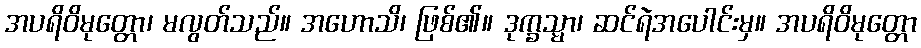
အပရိဝိမုတ္တော၊ မလွတ်သည်။ အဟောသိ၊ ဖြစ်၏။ ဒုက္ခသ္မာ၊ ဆင်ရဲအပေါင်းမှ။ အပရိဝိမုတ္တော